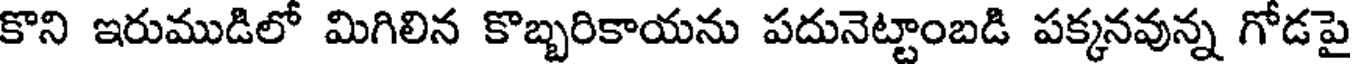
కొని ఇరుముడిలో మిగిలిన కొబ్బరికాయను పదునెట్టాంబడి పక్కనవున్న గోడపై